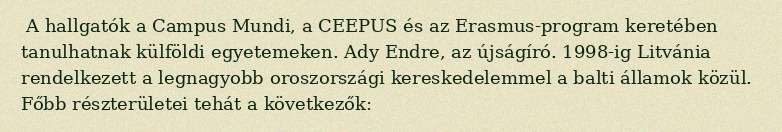
A hallgatók a Campus Mundi, a CEEPUS és az Erasmus-program keretében tanulhatnak külföldi egyetemeken. Ady Endre, az újságíró. 1998-ig Litvánia rendelkezett a legnagyobb oroszországi kereskedelemmel a balti államok közül. Főbb részterületei tehát a következők: